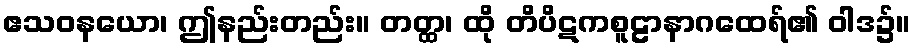
ဧသဝနယော၊ ဤနည်းတည်း။ တတ္ထ၊ ထို တိပိဋကစူဠာနာဂထေရ်၏ ဝါဒ၌။